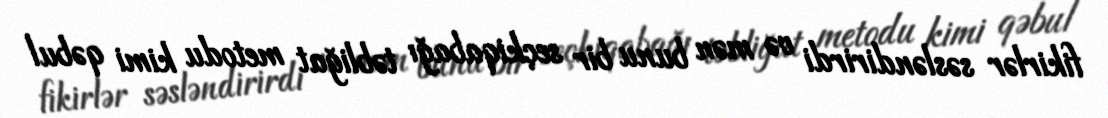
fikirlər səsləndirirdi və mən bunu bir seçkiqabağı təbliğat metodu kimi qəbul